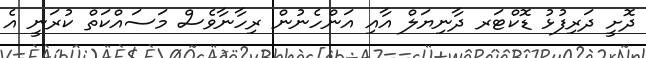
ދޮށީ ދަރިފުޅު ޑޮކްޓަރ ދާނިޔަލް އާއި އަންހެނުން ރިހާނާވެސް މަސައްކަތް ކުރަނީ އެ